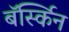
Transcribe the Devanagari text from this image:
बॅर्स्किन